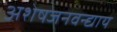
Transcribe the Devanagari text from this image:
अशेषजनवन्द्याय